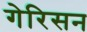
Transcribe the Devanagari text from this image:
गेरिसन